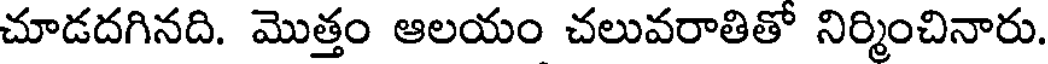
చూడదగినది. మొత్తం ఆలయం చలువరాతితో నిర్మించినారు.